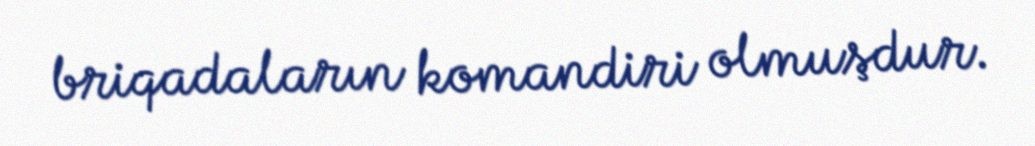
briqadaların komandiri olmuşdur.